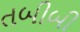
તબીબી